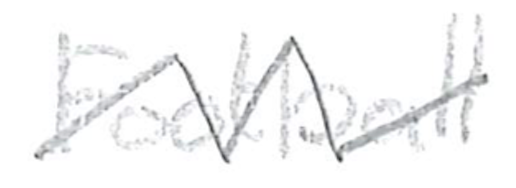
Text: Football
Cross-out: zig-zag
Writing tool: pencil